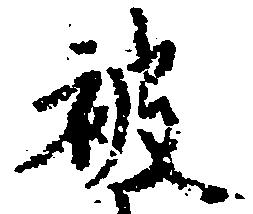
被